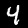
Digit: 4